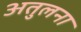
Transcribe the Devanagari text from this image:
अतुलना